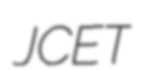
JCET